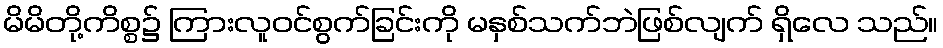
မိမိတို့ကိစ္စ၌ ကြားလူဝင်စွက်ခြင်းကို မနှစ်သက်ဘဲဖြစ်လျက် ရှိလေ သည်။